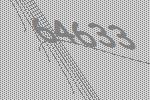
64633